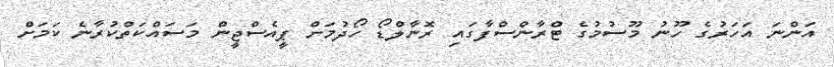
އަންނަ އަހަރުގެ ހޫނު މޫސުމުގެ ޓްރާންސްފާގައި ރޮނާލްޑޯ ހޯދުމަށް ޕީއެސްޖީން މަސައްކަތްކުރާނެ ކަމަށް